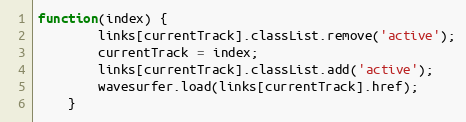
Language: JavaScript
function(index) {
        links[currentTrack].classList.remove('active');
        currentTrack = index;
        links[currentTrack].classList.add('active');
        wavesurfer.load(links[currentTrack].href);
    }